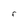
Character: F